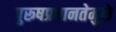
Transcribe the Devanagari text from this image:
पुरूषप्रधानतेमुळे